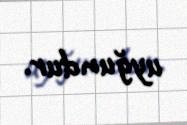
uyğundur.